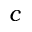
c